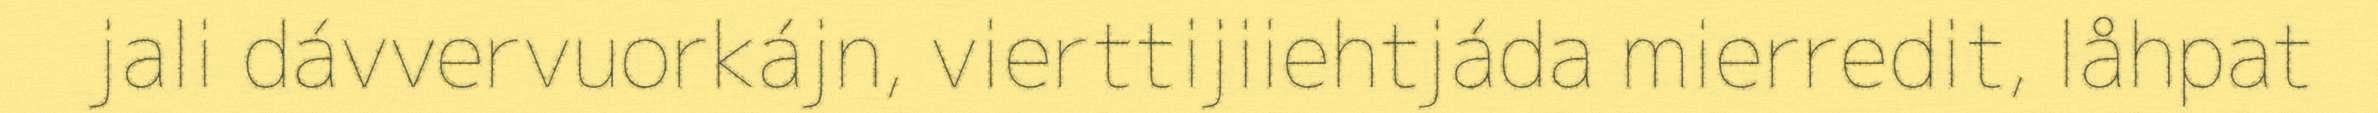
jali dávvervuorkájn, vierttijiiehtjáda mierredit, låhpat